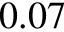
0 . 0 7